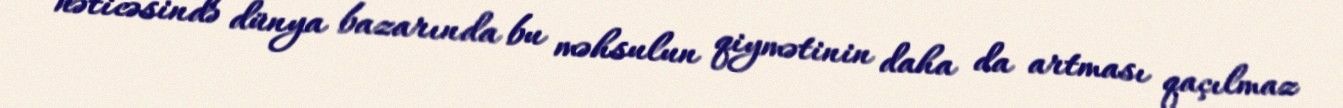
nəticəsində dünya bazarında bu məhsulun qiymətinin daha da artması qaçılmaz